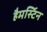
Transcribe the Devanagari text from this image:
हैमर्स्टिन